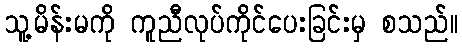
သူ့မိန်းမကို ကူညီလုပ်ကိုင်ပေးခြင်းမှ စသည်။